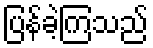
ပြန်ခဲ့ကြသည်